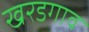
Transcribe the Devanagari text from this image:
खरडगाव